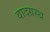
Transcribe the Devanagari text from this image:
वादग्रस्थ